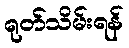
ရုတ်သိမ်းရန်